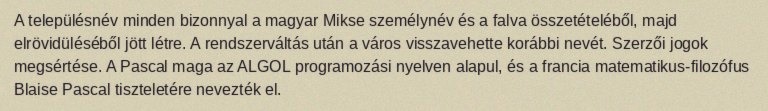
A településnév minden bizonnyal a magyar Mikse személynév és a falva összetételéből, majd elrövidüléséből jött létre. A rendszerváltás után a város visszavehette korábbi nevét. Szerzői jogok megsértése. A Pascal maga az ALGOL programozási nyelven alapul, és a francia matematikus-filozófus Blaise Pascal tiszteletére nevezték el.